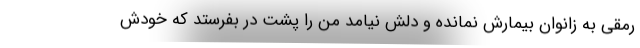
رمقی به زانوان بیمارش نمانده و دلش نیامد من را پشت در بفرستد که خودش